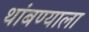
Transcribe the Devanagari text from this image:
थांबण्याला